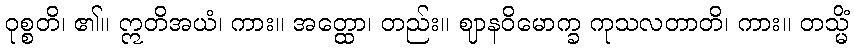
ဝုစ္စတိ၊ ၏။ ဣတိအယံ၊ ကား။ အတ္ထော၊ တည်း။ ဈာနဝိမောက္ခ ကုသလတာတိ၊ ကား။ တသ္မိံ